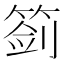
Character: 䈩